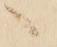
へ